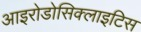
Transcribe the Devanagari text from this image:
आइरोडोसिक्लाइटिस